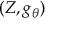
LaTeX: ( Z , g _ { \boldsymbol { \theta } } )